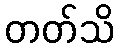
တတ်သိ